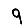
Digit: 9